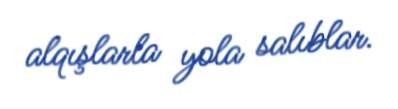
alqışlarla yola salıblar.